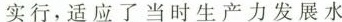
实行，适应了当时生产力发展水